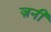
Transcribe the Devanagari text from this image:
ज़नी